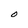
Character: O